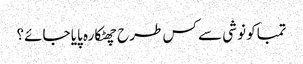
تمباکو نوشی سے کس طرح چھٹکارہ پایا جائے؟